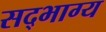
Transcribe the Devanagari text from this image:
सद्भाग्य